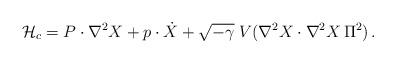
LaTeX: \begin{align*}{\cal H}_c =P \cdot \nabla^2 X + p \cdot \dot{X} + \sqrt{-\gamma}\; V ( \nabla^2 X \cdot \nabla^2 X \,\Pi^2 ) \,.\end{align*}